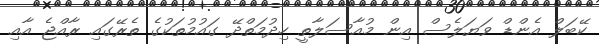
ކޭބަލް އެންޑް ވަޔަލެސް އިން މުއާސަލާތީ ހިދުމަތްދޭ ގައުމުތަކުގެ ތެރޭގައި ރާއްޖެ އާއި